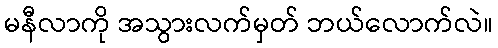
မနီလာကို အသွားလက်မှတ် ဘယ်လောက်လဲ။